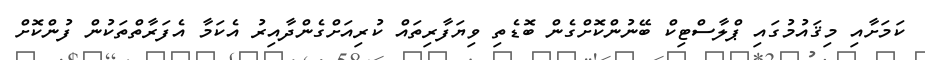
ކަމަށާއި މިޤައުމުގައި ޕްލާސްޓިކް ބޭނުންކޮށްގެން ބޮޑެތި ވިޔަފާރިތައް ކުރިއަށްގެންދާއިރު އެކަމާ އެފަރާތްތަކުން ފުންކޮށް